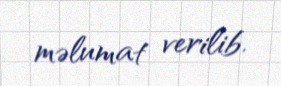
məlumat verilib.